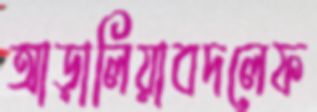
আড়ালিয়াবদলেফ